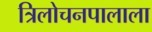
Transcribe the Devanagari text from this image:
त्रिलोचनपालाला